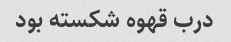
درب قهوه شکسته بود